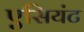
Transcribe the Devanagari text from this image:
एसियंट